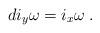
LaTeX: \begin{align*}di_y\omega = i_x\omega\;.\end{align*}